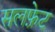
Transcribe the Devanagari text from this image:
सलफ़ेट